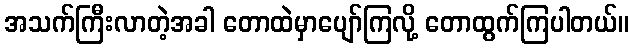
အသက်ကြီးလာတဲ့အခါ တောထဲမှာပျော်ကြလို့ တောထွက်ကြပါတယ်။